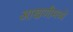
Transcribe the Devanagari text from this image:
आखणीमध्ये